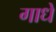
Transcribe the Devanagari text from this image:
गाधे